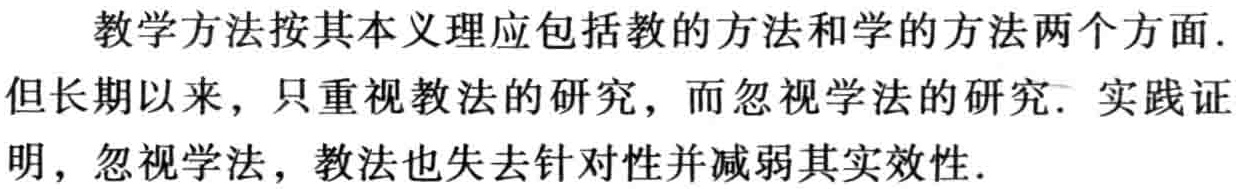
教学方法按其本义理应包括教的方法和学的方法两个方面. 但长期以来，只重视教法的研究，而忽视学法的研究. 实践证明，忽视学法，教法也失去针对性并减弱其实效性.